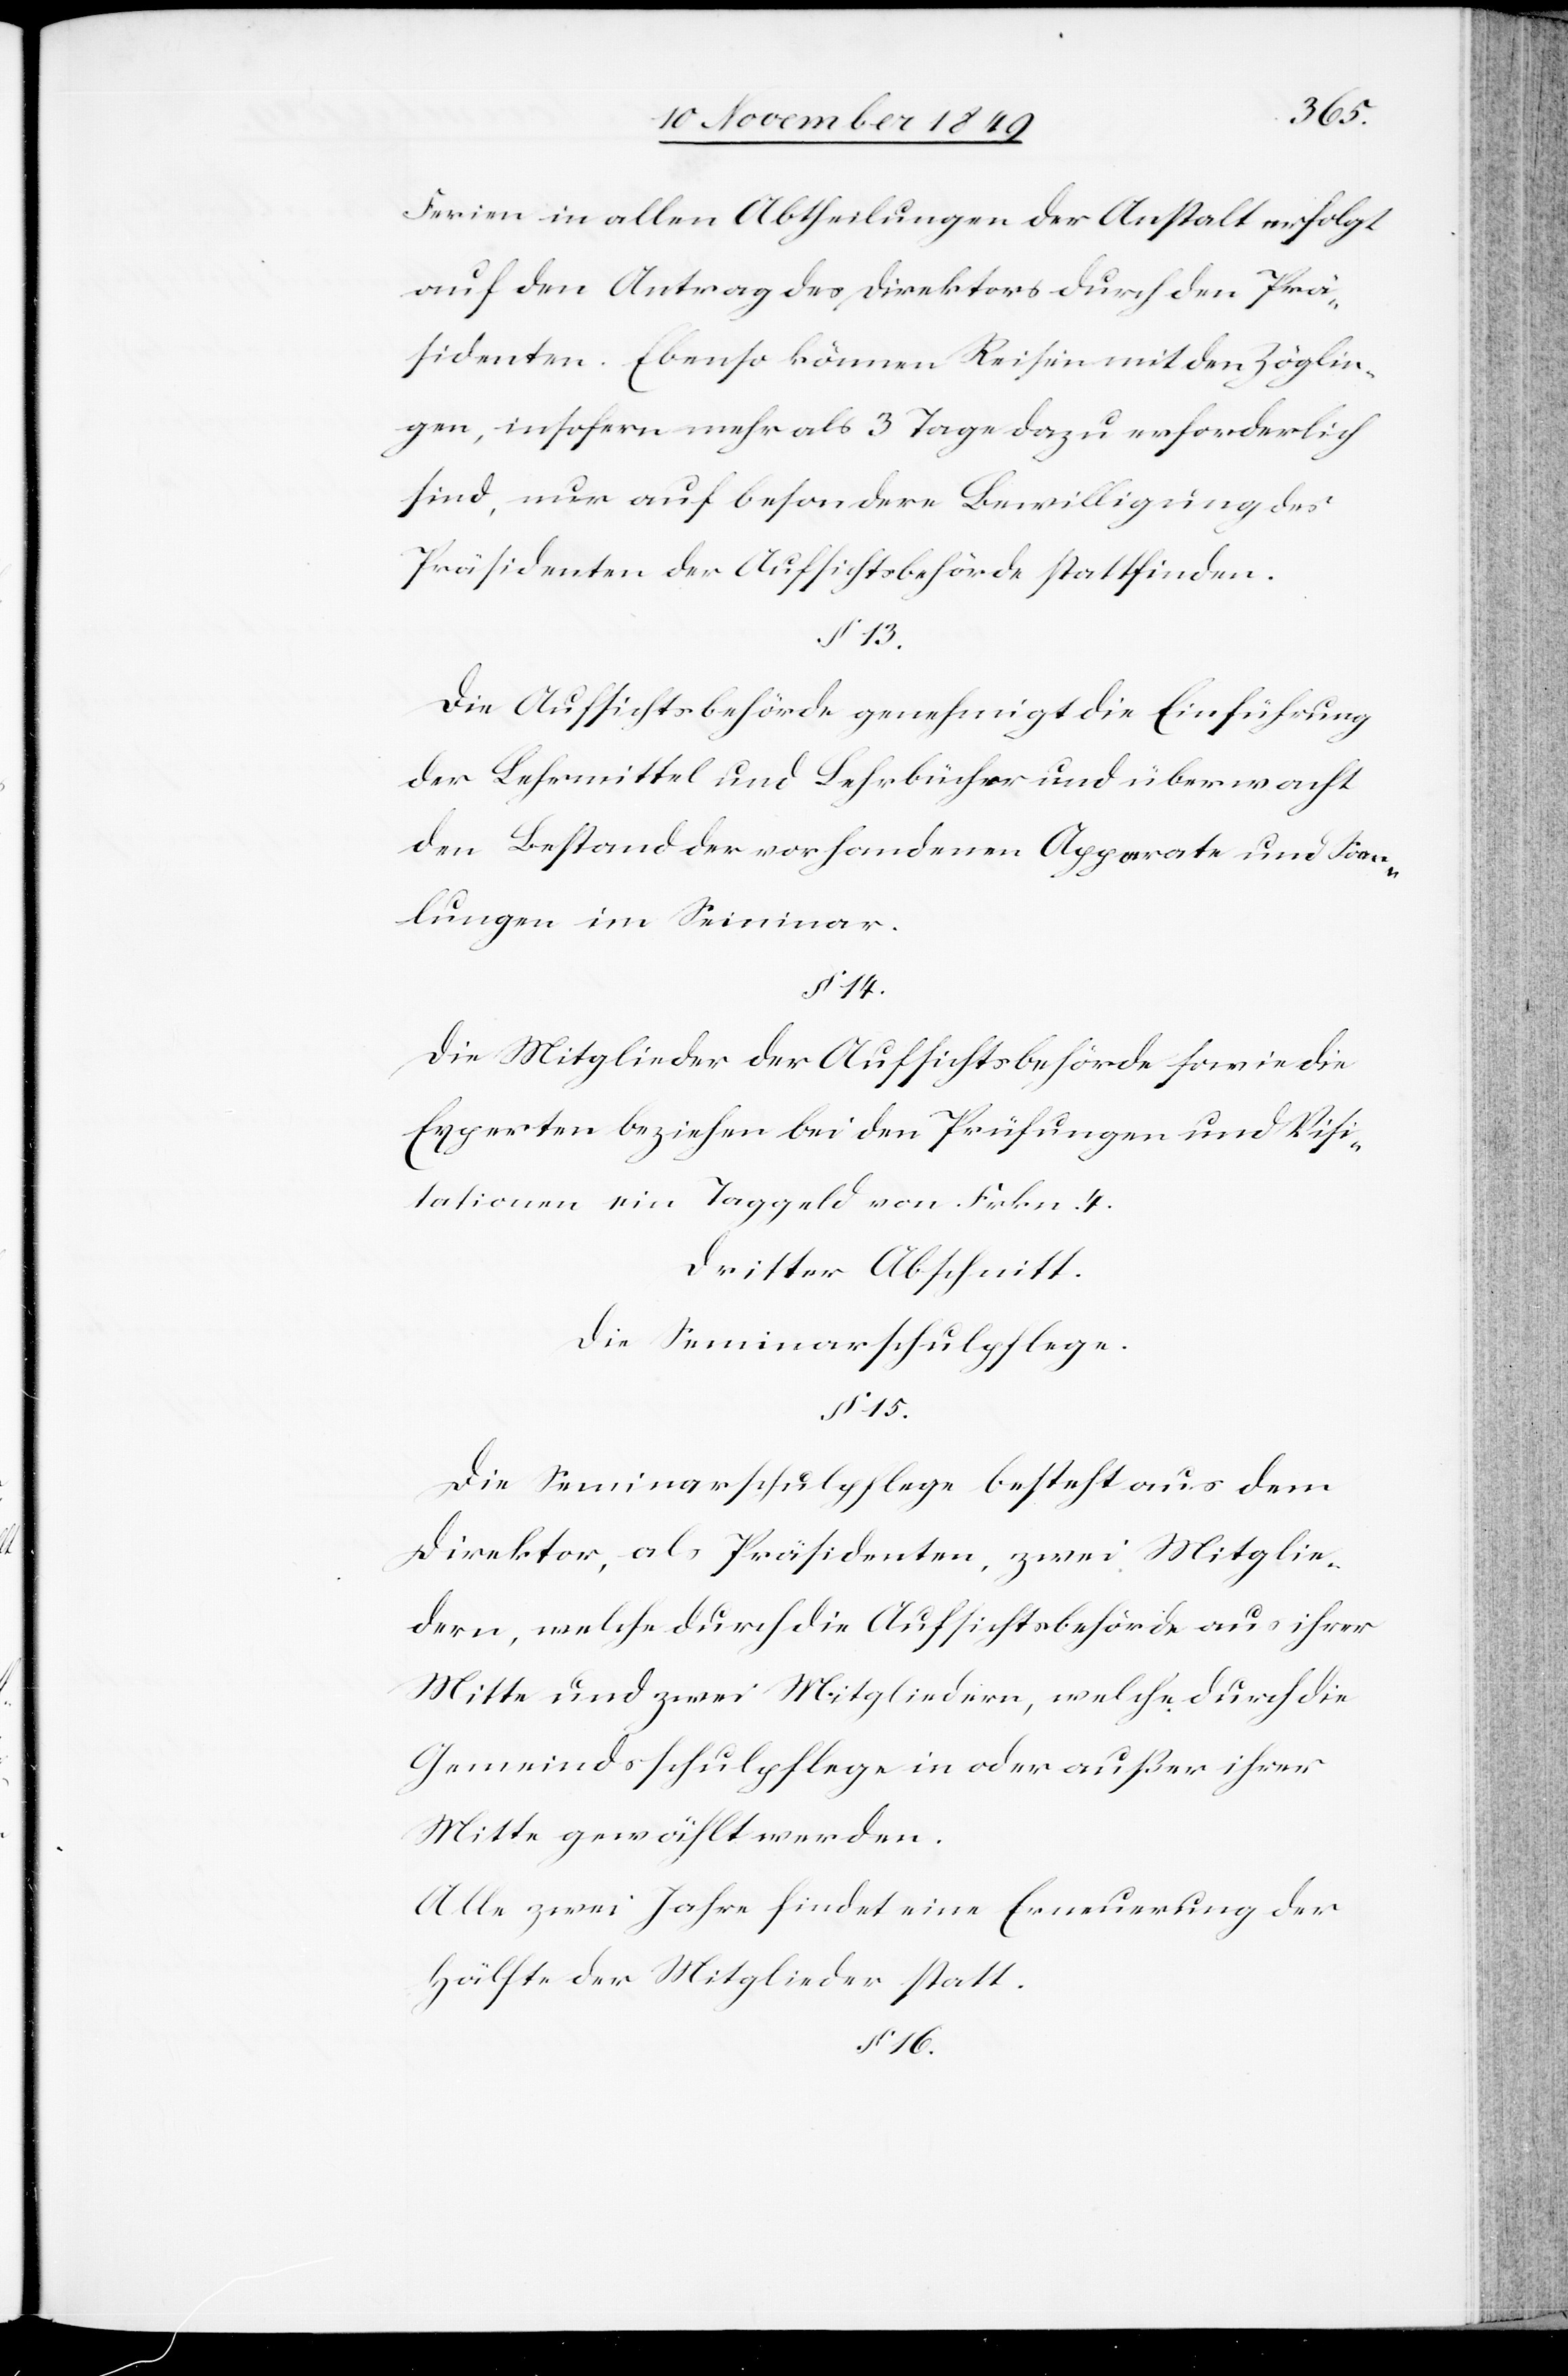
Ferien in allen Abtheilungen der Anstalt erfolgt
auf den Antrag des Direktors durch den Prä¬
sidenten. Ebenso können Reisen mit den Zöglin¬
gen, insofern mehr als 3 Tage dazu erforderlich
sind, nur auf besondere Bewilligung des
Präsidenten der Aufsichtsbehörde stattfinden.
§ 13.
Die Aufsichtsbehörde genehmigt die Einführung
der Lehrmittel und Lehrbücher und übermacht
den Bestand der vorhandenen Apparate und Sam¬
mlungen im Seminar.
§ 14.
Die Mitglieder der Aufsichtsbehörde sowie die
Experten beziehen bei den Prüfungen und Visi¬
tationen ein Taggeld von Frkn. 4.
Dritter Abschnitt.
Die Seminarschulpflege.
§ 15.
Die Seminarschulpflege besteht aus dem
Direktor, als Präsidenten, zwei Mitglie¬
dern, welche durch die Aufsichtsbehörde aus ihrer
Mitte und zwei Mitgliedern, welche durch die
Gemeindsschulpflege in oder außer ihrer
Mitte gewählt werden.
Alle zwei Jahre findet eine Erneuerung der
Hälfte der Mitglieder statt.
§ 16.